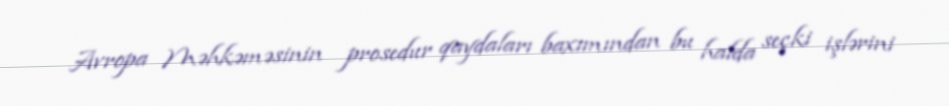
Avropa Məhkəməsinin prosedur qaydaları baxımından bu halda seçki işlərini